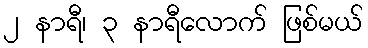
၂ နာရီ၊ ၃ နာရီလောက် ဖြစ်မယ်